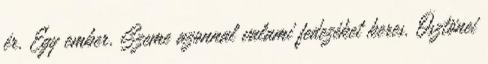
ér. Egy ember. Szeme azonnal valami fedezéket keres. Ösztönei